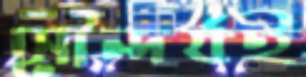
সৌন্দর্যই